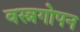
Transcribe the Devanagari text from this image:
वस्त्रगोपन